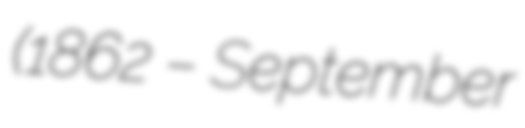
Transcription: (1862 – September